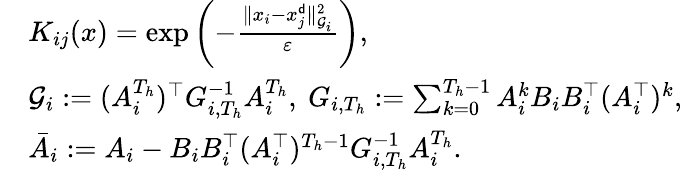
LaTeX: \begin{array}{rl}&{K_{ij}(x)=\exp\left(-\frac{\| x_{i}-x_{j}^{\sf d}\| _{{\mathcal G}_{i}}^{2}}{\varepsilon}\right),}\\ &{{\mathcal G}_{i}:=(A_{i}^{T_{h}})^{\top}G_{i,T_{h}}^{-1}A_{i}^{T_{h}},\ G_{i,T_{h}}:=\sum_{k=0}^{T_{h}-1}A_{i}^{k}B_{i}B_{i}^{\top}(A_{i}^{\top})^{k},}\\ &{\bar{A}_{i}:=A_{i}-B_{i}B_{i}^{\top}(A_{i}^{\top})^{T_{h}-1}G_{i,T_{h}}^{-1}A_{i}^{T_{h}}.}\end{array}